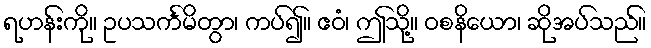
ရဟန်းကို။ ဥပသင်္ကမိတွာ၊ ကပ်၍။ ဧဝံ၊ ဤသို့။ ဝစနိယော၊ ဆိုအပ်သည်။